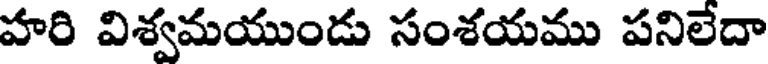
హరి విశ్వమయుండు సంశయము పనిలేదా